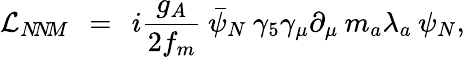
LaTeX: {\cal L}_{N\! N\! M}\: \: =\: \: i\frac{g_{A}}{2f_{m}}\: \bar{\psi}_{N}\: \gamma_{5}\gamma_{\mu}\partial_{\mu}\: m_{a}\lambda_{a}\: \psi_{N},